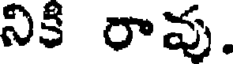
నికి రావు.